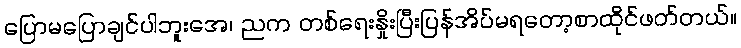
ပြောမပြောချင်ပါဘူးအေ၊ ညက တစ်ရေးနှိုးပြီးပြန်အိပ်မရတော့စာထိုင်ဖတ်တယ်။